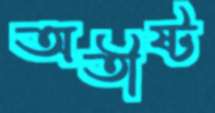
অতীষ্ট